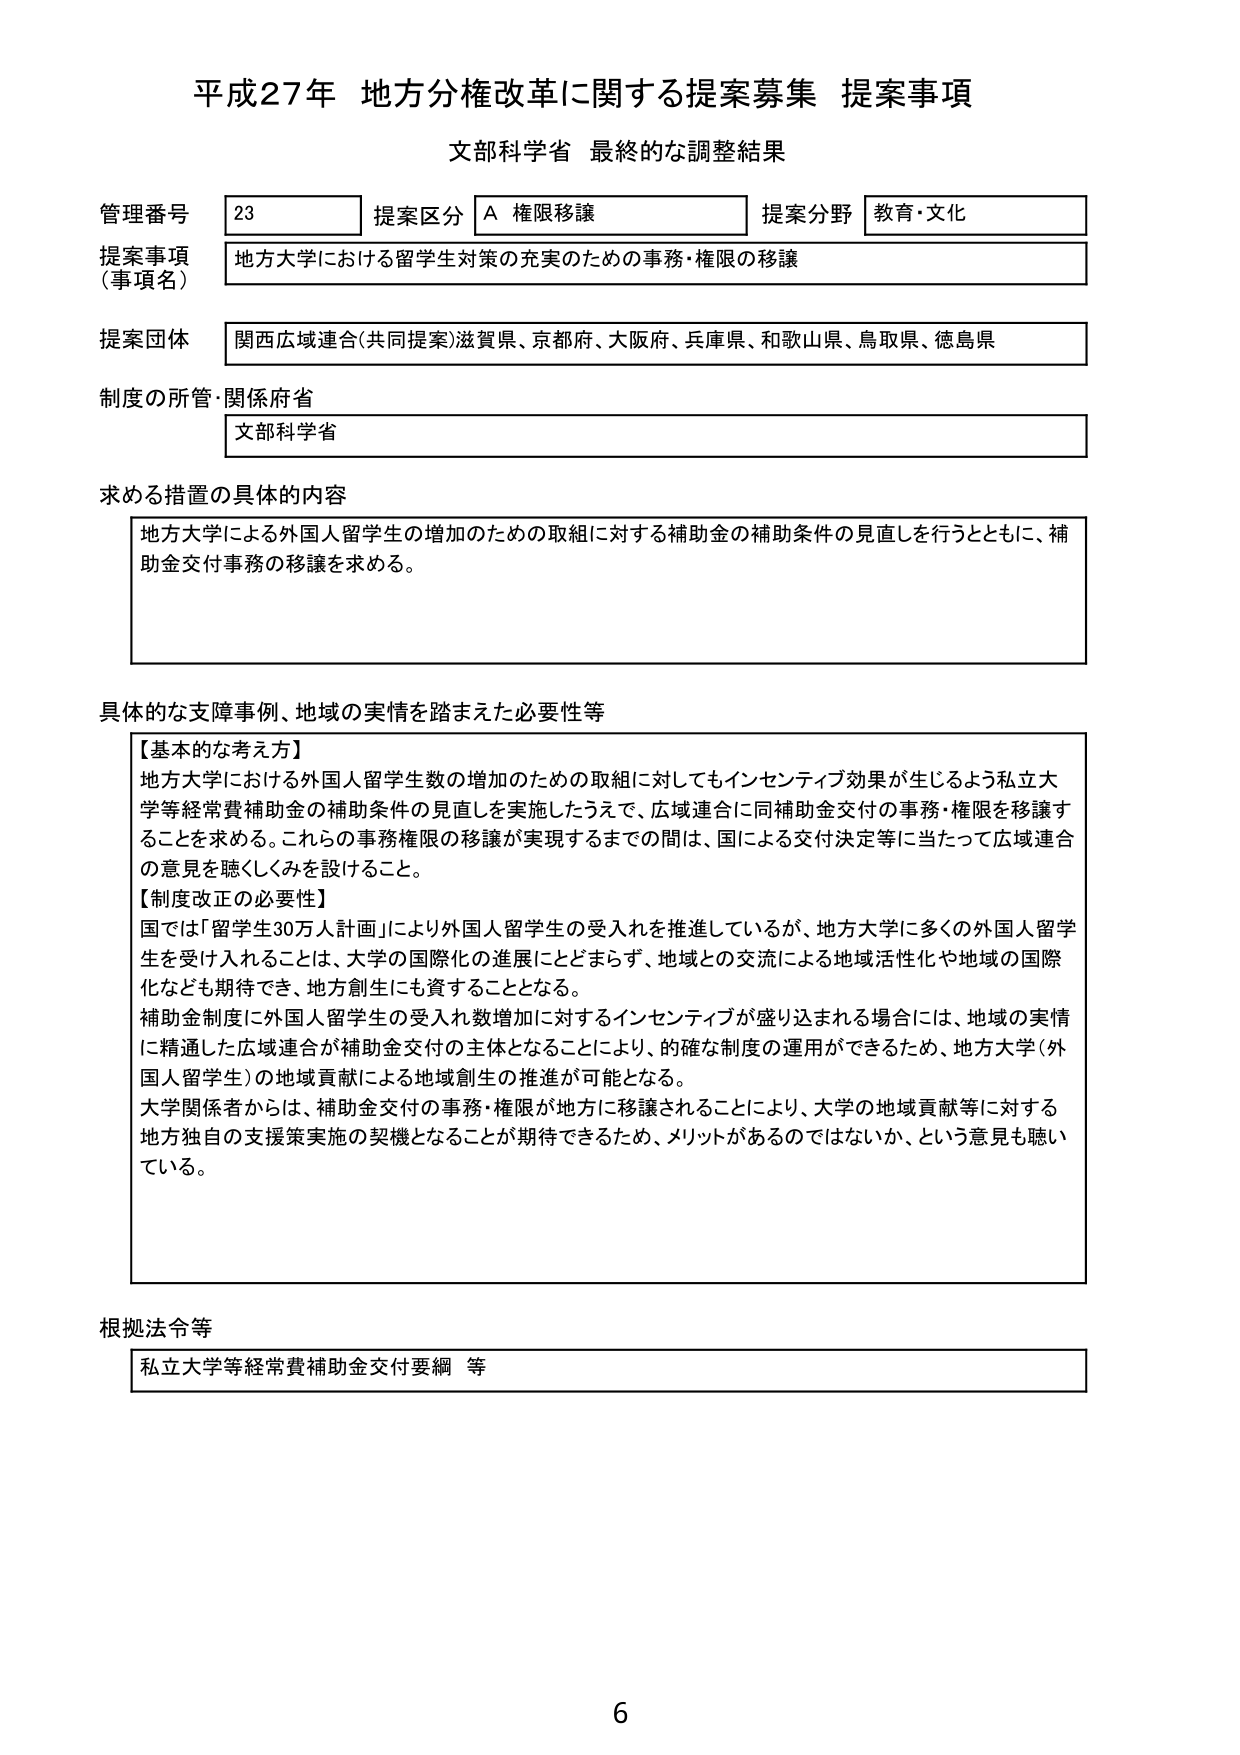
平成27年 地方分権改革に関する提案募集 提案事項
文部科学省 最終的な調整結果

管理番号 23
提案区分 A 権限移譲
提案分野 教育・文化

提案事項（事項名）
地方大学における留学生対策の充実のための事務・権限の移譲

提案団体
関西広域連合（共同提案）滋賀県、京都府、大阪府、兵庫県、和歌山県、鳥取県、徳島県

制度の所管・関係府省
文部科学省

求める措置の具体的内容
地方大学による外国人留学生数の増加のための取組に対する補助金の補助条件の見直しを行うとともに、補助金交付事務の移譲を求める。

具体的な支障事例、地域の実情を踏まえた必要性等
【基本的な考え方】
地方大学における外国人留学生数の増加のための取組に対してもインセンティブ効果が生じるよう私立大学等経常費補助金の補助条件の見直しを実施したうえで、広域連合に同補助金交付の事務・権限を移譲することを求める。これらの事務権限の移譲が実現するまでの間は、国による交付決定等に当たって広域連合の意見を聴くしくみを設けること。

【制度改正の必要性】
国では「留学生30万人計画」により外国人留学生の受入れを推進しているが、地方大学に多くの外国人留学生を受け入れることは、大学の国際化の進展にとどまらず、地域との交流による地域活性化や地域の国際化なども期待でき、地方創生にも資することとなる。
補助金制度に外国人留学生の受入れ数増加に対するインセンティブが盛り込まれる場合には、地域の実情に精通した広域連合が補助金交付の主体となることにより、的確な制度の運用ができるため、地方大学（外国人留学生）の地域貢献による地域創生の推進が可能となる。
大学関係者からは、補助金交付の事務・権限が地方に移譲されることにより、大学の地域貢献等に対する地方独自の支援策実施の契機となることが期待できるため、メリットがあるのではないか、という意見も聴いている。

根拠法令等
私立大学等経常費補助金交付要綱 等

6